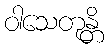
ဝါသေတုန္တိ